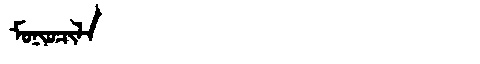
Manchu: ᠮᠣᠨᡳᠣᠴᡳᠯᠠ
Romanization: MONIOCILA